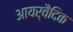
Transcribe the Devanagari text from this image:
आयर्वैदिक